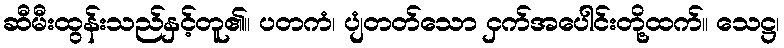
ဆီမီးထွန်းသည်နှင့်တူ၏။ ပတကံ၊ ပျံတတ်သော ငှက်အပေါင်းတို့ထက်။ သေဋ္ဌ၊